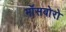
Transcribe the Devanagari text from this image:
मॉसबोरो